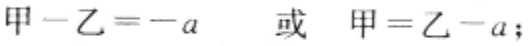
甲 - 乙 = -a \ 或 \ 甲 = 乙 - a;